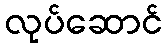
လုပ်ဆောင်